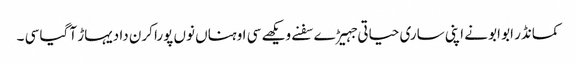
کمانڈر ابو ابو نے اپنی ساری حیاتی جہیڑے سفنے ویکھے سی اوہناں نوں پورا کرن دا دیہاڑ آ گیا سی ۔